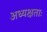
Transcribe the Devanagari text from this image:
अध्यक्षताः